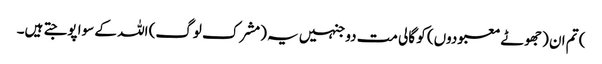
) تم ان (جھوٹے معبودوں) کو گالی مت دو جنہیں یہ (مشرک لوگ) اللہ کے سوا پوجتے ہیں۔